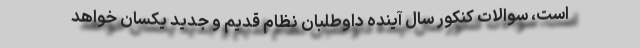
است، سوالات کنکور سال آینده داوطلبان نظام قدیم و جدید یکسان خواهد